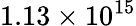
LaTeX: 1.13\times 10^{15}